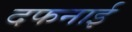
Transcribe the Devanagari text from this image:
दफनाई